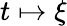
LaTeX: t\mapsto\xi